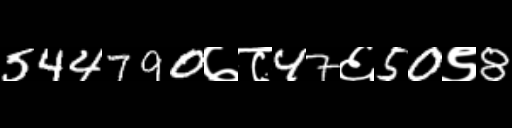
Text: 544790७८47६50९8